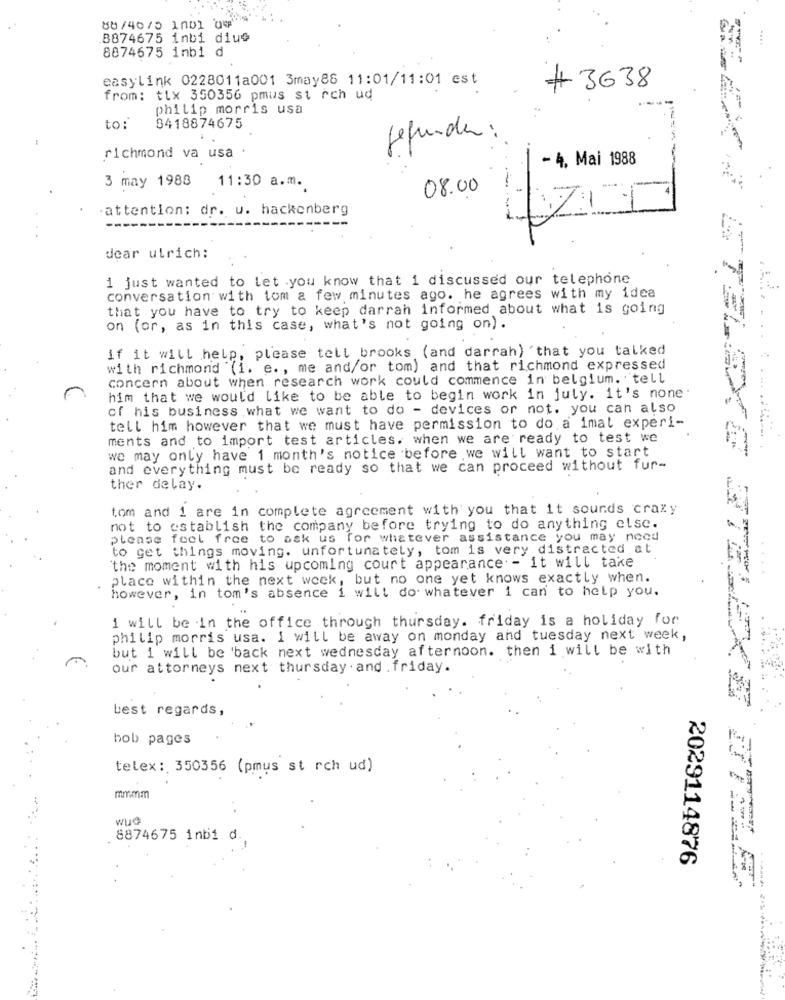
80/46/5 1001 09
8874675 inbi diue
8874675 inbi d
easylink 0228011a001 3may88 11:01/11:01 est
#3638
from: ttx 350356 pmus st rch ud
philip morris usa
to:
3418874675
gefunden :
richmond va usa .
- 4. Mai 1988
3 may 1988 11:30 a.m.
08.00
.attention: dr. u. hackenberg
ZA
dear ulrich:
1 just wanted to let you know that i discussed our telephone
conversation with tom a few minutes ago. he agrees with my idea
that you have to try to keep darrah informed about what is going
on (or, as in this case, what's not going on).
if it will help, please tell brooks (and darrah) 'that you talked
with richmond (i. e. , me and/or tom) and that richmond expressed
concern about when research work could commence in belgium. tell
him that we would like to be able to begin work in july. it's none.
of his business what we want to do - devices or not. you can also
tell him however that we must have permission to do a imal experi-
ments and to import test articles. when we are ready to test we
we may only have 1 month's notice before .we will want to start
and everything must be ready so that we can proceed without fur-
ther delay.
tom and i are in complete agreement with you that it sounds crazy
not to establish the company before trying to do anything else.
please feel free to ask us for whatever assistance you may nocd
to get things moving. unfortunately, tom is very distracted at
the moment with his upcoming court appearance - it will take
place within the next week, but no one yet knows exactly when.
however, in tom's absence i will do whatever i can to help you.
i will be in the office through thursday. friday is a holiday for
philip morris usa. I will be away on monday and tuesday next week,
but i will be 'back next wednesday afternoon. then i will be with
our attorneys next thursday . and . friday.
best regards,
bob pages
telex : 350356 (pmus st rch ud)
mmmm
. .
wud
8874675 inbi d.
2029114876
** ETELDIE STELEKE DINAL